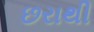
છરાથી